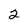
Character: 2